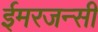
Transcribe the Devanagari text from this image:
ईमरजन्सी